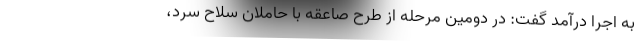
به اجرا درآمد گفت: در دومین مرحله از طرح صاعقه با حاملان سلاح سرد،